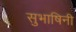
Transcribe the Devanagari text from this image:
सुभाषिनी